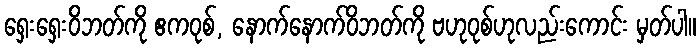
ရှေးရှေးဝိဘတ်ကို ဧကဝုစ်, နောက်နောက်ဝိဘတ်ကို ဗဟုဝုစ်ဟုလည်းကောင်း မှတ်ပါ။